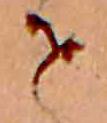
せ